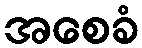
အစေခံ